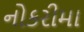
નોકરીમા